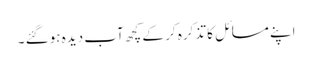
اپنے مسائل کا تذکرہ کر کے کچھ آب دیدہ ہوگئے ۔